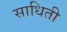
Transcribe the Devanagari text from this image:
साधिती